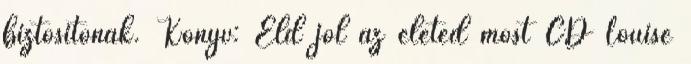
biztosítónak. Könyv: Éld jól az életed most CD Louise